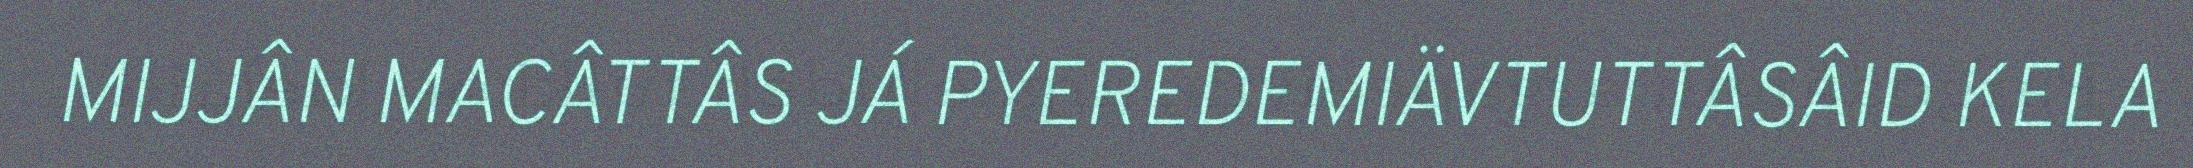
MIJJÂN MACÂTTÂS JÁ PYEREDEMIÄVTUTTÂSÂID KELA